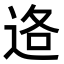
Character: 𮞑